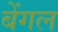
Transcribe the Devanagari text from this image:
बेंगल